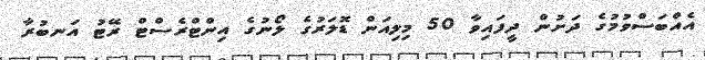
އެއްބަސްވުމުގެ ދަށުން ދީފައިވާ 50 މިލިއަން ޑޮލަރުގެ ލޯނުގެ އިންޓްރެސްޓް ރޭޓު އަނބުރާ